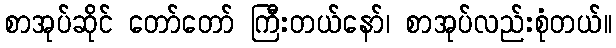
စာအုပ်ဆိုင် တော်တော် ကြီးတယ်နော်၊ စာအုပ်လည်းစုံတယ်။